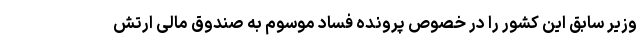
وزیر سابق این کشور را در خصوص پرونده فساد موسوم به صندوق مالی ارتش